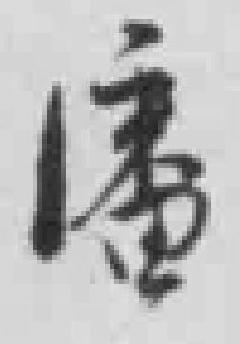
潘